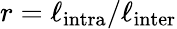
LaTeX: r=\ell_{\mathrm{intra}}/\ell_{\mathrm{inter}}